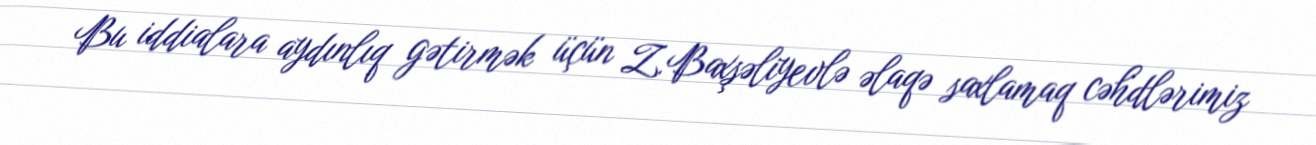
Bu iddialara aydınlıq gətirmək üçün Z.Baxşəliyevlə əlaqə saxlamaq cəhdlərimiz